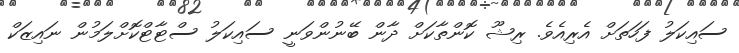
ސައިކަލު ފަހަތަށް އެރިއެވެ. ރިޝޫ ކޮންތާކަށް ދާން ބޭނުންވަނީ ސައިކަލު ސްޓާޓްކޮށްލަމުން ނައިޒަކް